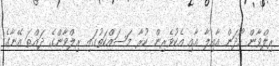
ރިލްވާން ހޯދަން އާއިލާ އާއި އެކުވެރިން ކުރާ މަސައްކަތުގައި ރިލްވާންގެ ދައްތަ އޭނާގެ